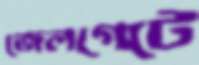
জেলগেটে